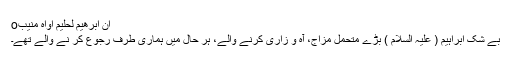
اِنَّ اِبْرٰهِیْمَ لَحَلِیْمٌ اَوَّاهٌ مُّنِیْبٌo
بے شک ابراہیم ( علیہ السلام ) بڑے متحمل مزاج، آہ و زاری کرنے والے، ہر حال میں ہماری طرف رجوع کر نے والے تھے۔